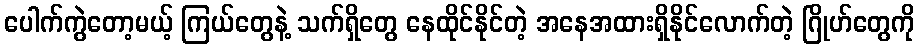
ပေါက်ကွဲတော့မယ့် ကြယ်တွေနဲ့ သက်ရှိတွေ နေထိုင်နိုင်တဲ့ အနေအထားရှိနိုင်လောက်တဲ့ ဂြိုဟ်တွေကို